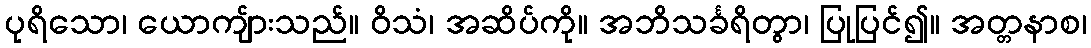
ပုရိသော၊ ယောကျ်ားသည်။ ဝိသံ၊ အဆိပ်ကို။ အဘိသင်္ခရိတွာ၊ ပြုပြင်၍။ အတ္တနာစ၊